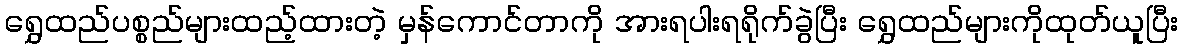
ရွှေထည်ပစ္စည်များထည့်ထားတဲ့ မှန်ကောင်တာကို အားရပါးရရိုက်ခွဲပြီး ရွှေထည်များကိုထုတ်ယူပြီး